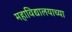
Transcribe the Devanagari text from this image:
महाविद्यालयाच्‍या